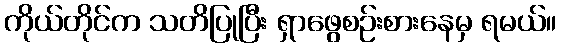
ကိုယ်တိုင်က သတိပြုပြီး ရှာဖွေစဉ်းစားနေမှ ရမယ်။